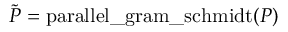
\tilde { P } = \mathrm { p a r a l l e l { \_ } g r a m { \_ } s c h m i d t } ( P )